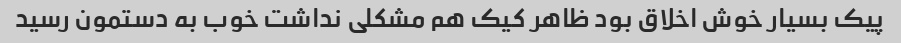
پیک بسیار خوش اخلاق بود ظاهر کیک هم مشکلی نداشت خوب به دستمون رسید